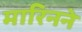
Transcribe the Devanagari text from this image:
मारिनने